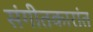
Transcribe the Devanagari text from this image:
संगीतकारांत